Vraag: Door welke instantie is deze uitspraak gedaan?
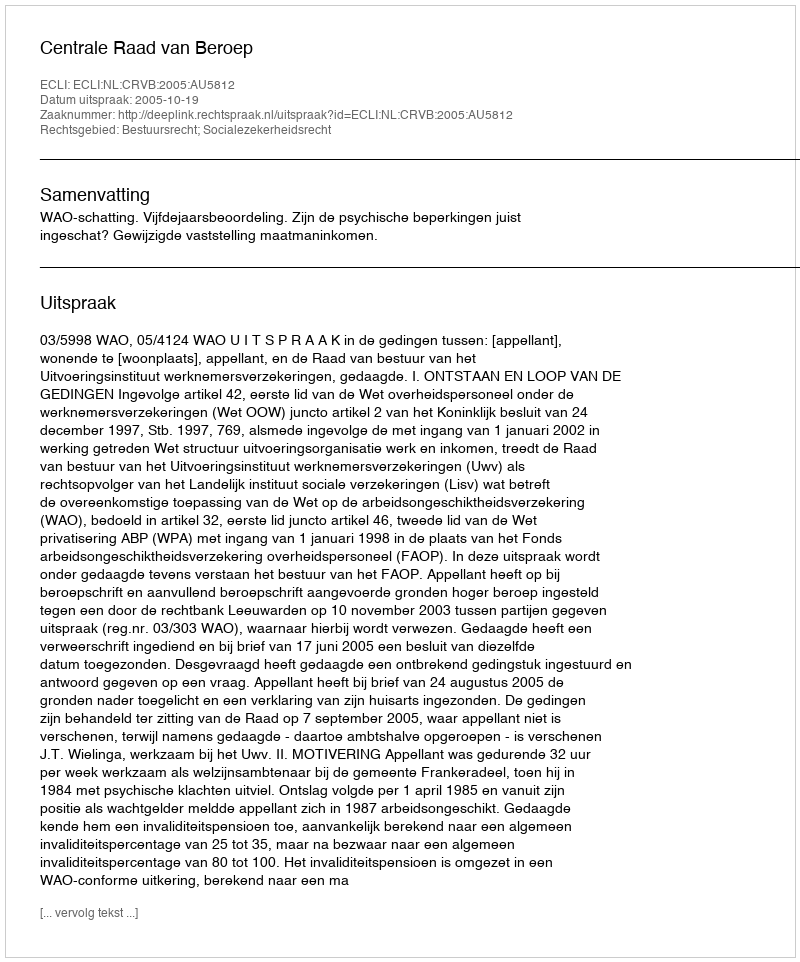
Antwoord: Centrale Raad van Beroep